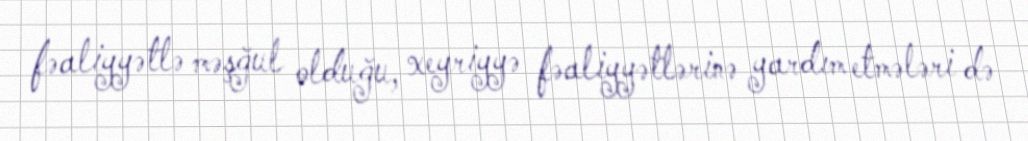
fəaliyyətlə məşğul olduğu, xeyriyyə fəaliyyətlərinə yardım etmələri də